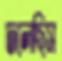
ঢলেছিস